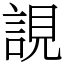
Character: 誢